Supplement to the account of plague administration in the Bombay Presidency from September 1896 till May 1897
Year: 1896
Disease focus: Plague
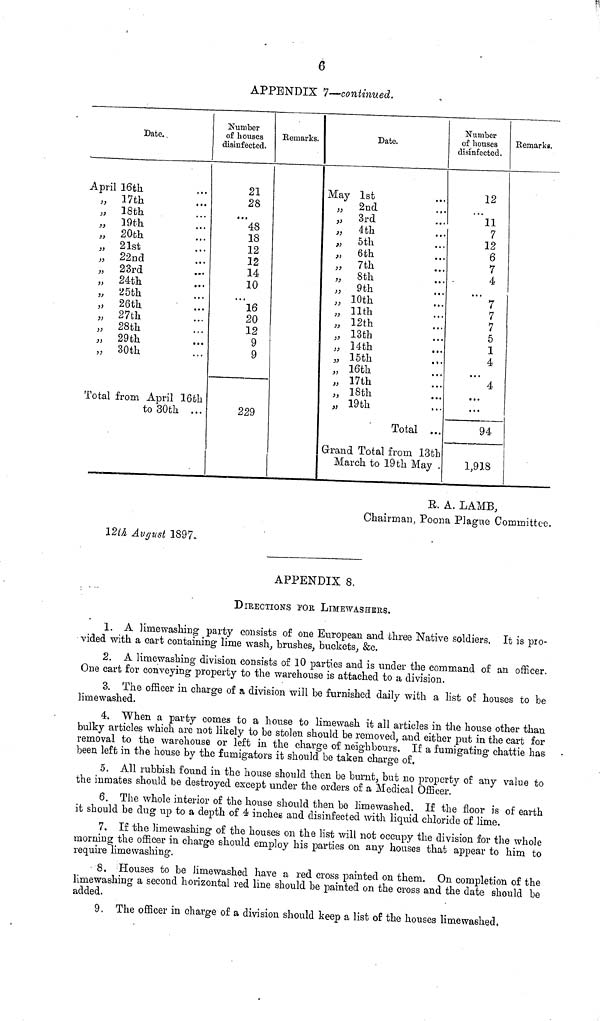
6
APPENDIX 7—continued.
I
Date.
April 16th
„ 17th ...
„ 18th ...
„ 19th ...
„ 20th ...
„ 21st ...
„ 22nd ...
„ 23rd ...
„ 24th ...
„ 25th ...
„ 26th ...
„ 27th ...
„ 28th ...
„ 29th ...
„ 30th ...
Total from April 16th
to 30th ...
Number
of houses
disinfected.
21
28
...
48
18
12
12
14
10
...
16
20
12
9
9
229
Remarkes.
Date.
May 1st
„ 2nd ...
,, 3rd ...
„ 4th ...
„ 5th ...
„ 6th ...
„ 7th ...
„ 8th ...
„ 9th ...
„ 10th ...
„ 11th ...
„ 12th ...
„ 13th ...
„ 14th ...
„ 15th ...
„ 16th ...
„ 17th ...
„ 18th ...
„ 19th ...
Total ...
Grand Total from 13th
March to 19th May .
Number
of houses
disinfected.
12
...
11
7
12
6
7
4
...
7
7
7
5
1
4
...
4
...
...
...
94
1,918
Remarks.
R. A. LAMB,
Chairman, Poona Plague Committee.
12th August 1897.
APPENDIX 8.
DIRECTIONS for LIMEWASHERS.
1. A limewashing party consists of one European and three Native soldiers. It is pro-
vided with a cart containing lime wash, brushes, buckets, &c.
2. A limewashing division consists of 10 parties and is under the command of an officer.
One cart for conveying property to the warehouse is attached to a division.
3. The officer in charge of a division will be furnished daily with a list of houses to be
limewashed.
4. When a party comes to a house to limewash it all articles in the house other than
bulky articles which are not likely to be stolen should be removed, and either put in the cart for
removal to the warehouse or left in the charge of neighbours. If a fumigating chattie has
been left in the house by the fumigators it should be taken charge of.
5. All rubbish found in the house should then be burnt, but no property of any value to
the inmates should be destroyed except under the orders of a Medical Officer.
6. The whole interior of the house should then be limewashed. If the floor is of earth
it should be dug up to a depth of 4 inches and disinfected with liquid chloride of lime.
7. If the limewashing of the houses on the list will not occupy the division for the whole
morning the officer in charge should employ his parties on any houses that appear to him to
require limewashing.
8. Houses to be limewashed have a red cross painted on them. On completion of the
limewashing a second horizontal red line should be painted on the cross and the date should be
added.
9. The officer in charge of a division should keep a list of the houses limewashed.